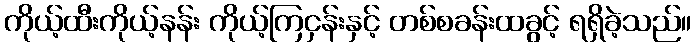
ကိုယ့်ထီးကိုယ့်နန်း ကိုယ့်ကြငှန်းနှင့် တစ်စခန်းထခွင့် ရရှိခဲ့သည်။